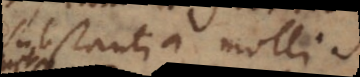
substantia mollis,